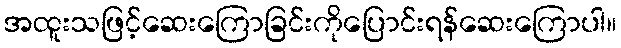
အထူးသဖြင့်ဆေးကြောခြင်းကိုပြောင်းရန်ဆေးကြောပါ။